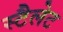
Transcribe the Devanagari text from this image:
स्टैलेट